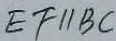
E F / / B C